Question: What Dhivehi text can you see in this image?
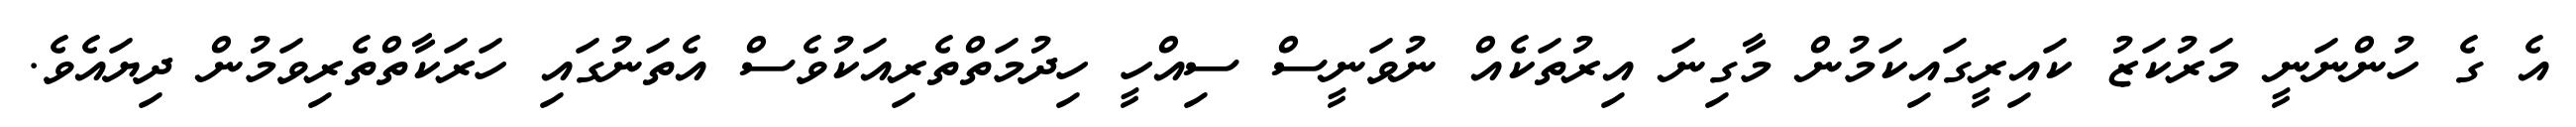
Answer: އެ ގެ ހުންނަނީ މަރުކަޒު ކައިރީގައިކަމުން މާގިނަ އިރުތަކެއް ނުވަނީސް ސިއްހީ ހިދުމަތްތެރިއަކުވެސް އެތަނުގައި ހަރަކާތްތެރިވަމުން ދިޔައެވެ.